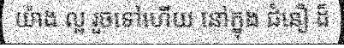
យ៉ាង ល្អ រួចទៅហើយ នៅក្នុង ជំនឿ ដ៏